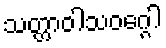
သတ္တာဝါသဝဂ္ဂေါ